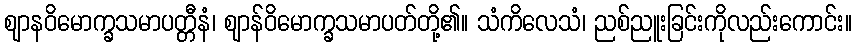
ဈာနဝိမောက္ခသမာပတ္တီနံ၊ ဈာန်ဝိမောက္ခသမာပတ်တို့၏။ သံကိလေသံ၊ ညစ်ညူးခြင်းကိုလည်းကောင်း။